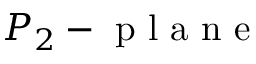
P _ { 2 } - \mathrm { ~ p ~ l ~ a ~ n ~ e ~ }